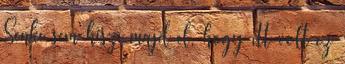
Senki sem hiszi majd el, hogy itt volt ez